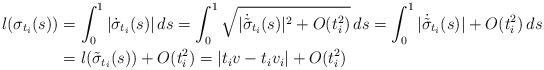
LaTeX: \begin{align*}l(\sigma_{t_i}(s) ) &= \int_0^1 |\dot{\sigma}_{t_i}(s)| \, ds = \int_0^1 \sqrt{ |\dot{\tilde{\sigma}}_{t_i}(s)|^2 + O(t_i^2)}\, ds =\int_0^1 |\dot{\tilde{\sigma}}_{t_i}(s)| + O(t_i^2) \, ds\\ &= l(\tilde{\sigma}_{t_i}(s) ) + O(t_i^2) = |t_i v - t_i v_i | +O(t_i^2)\end{align*}